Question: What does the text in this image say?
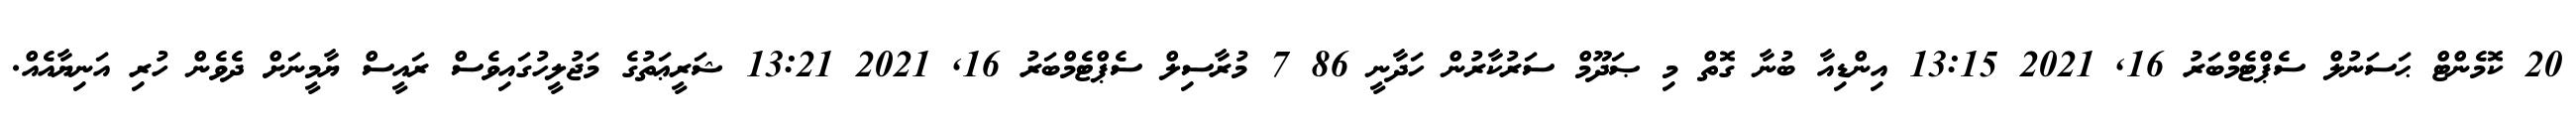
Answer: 20 ކޮމެންޓް ޙަސަނުލް ސެޕްޓެމްބަރު 16, 2021 13:15 އިންޑިއާ ބުނާ ގޮތް މި ޞަދޫމް ސަރުކާރުން ހަދާނީ 86 7 މުރާސިލް ސެޕްޓެމްބަރު 16, 2021 13:21 ޝަރީޢަތުގެ މަޖުލީހުގައިވެސް ރައީސް ޔާމީނަށް ދެވެން ހުރި އަނިޔާއެއް.